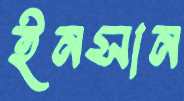
ইনসান